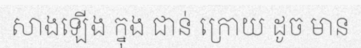
សាងឡើង ក្នុង ជាន់ ក្រោយ ដូច មាន